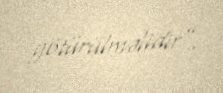
götürülməlidir”.